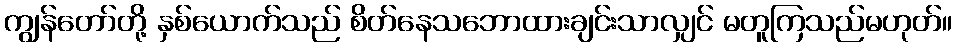
ကျွန်တော်တို့ နှစ်ယောက်သည် စိတ်နေသဘောထားချင်းသာလျှင် မတူကြသည်မဟုတ်။